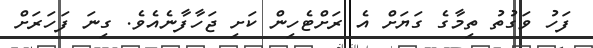
ފަހު ވަގުތު ތިމާގެ ގަޔަށް އެ ރަށްޓެހިން ކަށި ޖަހާފާނެއެވެ. ގިނަ ފަހަރަށް